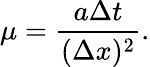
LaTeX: \mu={\frac{a\Delta t}{(\Delta x)^{2}}}.